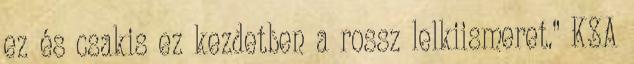
ez és csakis ez kezdetben a rossz lelkiismeret.” KSA